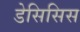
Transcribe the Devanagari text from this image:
डेसिसिस